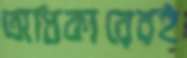
অধিকারেরই